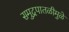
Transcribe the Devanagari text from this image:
समुद्रपातळीमुळे